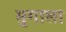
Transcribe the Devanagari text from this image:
मुगाला